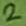
Text: 2